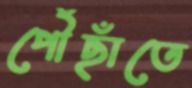
পৌঁছাঁতে